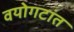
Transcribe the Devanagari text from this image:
वयोगटांत